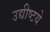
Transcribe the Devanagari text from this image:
उद्यीष्टये